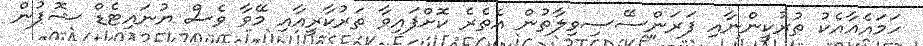
ހަމައެއާއެކު ތުރުކީންނާއި ފަރަންސޭސިވިލާތުން އެތެރެ ކޮށްފައިވާ ތަރުކާރީއާއި މޭވާ ވެސް ޔުނައިޓެޑް ޝޮޕުން